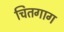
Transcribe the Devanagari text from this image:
चितगाग